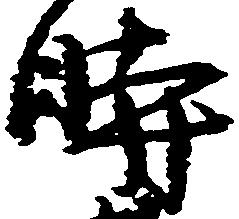
時